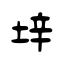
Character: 垶